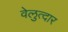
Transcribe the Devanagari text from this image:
वेलुत्दार